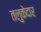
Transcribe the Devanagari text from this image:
तलुकेदार